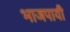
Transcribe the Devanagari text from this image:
भाजपायी